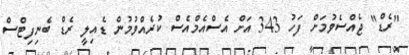
"ރެޑް" ޖެއްސެވުމަށް ފަހު 343 އަށް އެސްއެމްއެސް ކުރެއްވުމުން ޑެއިލީ ރެޑް ބެނިފިޓްސް